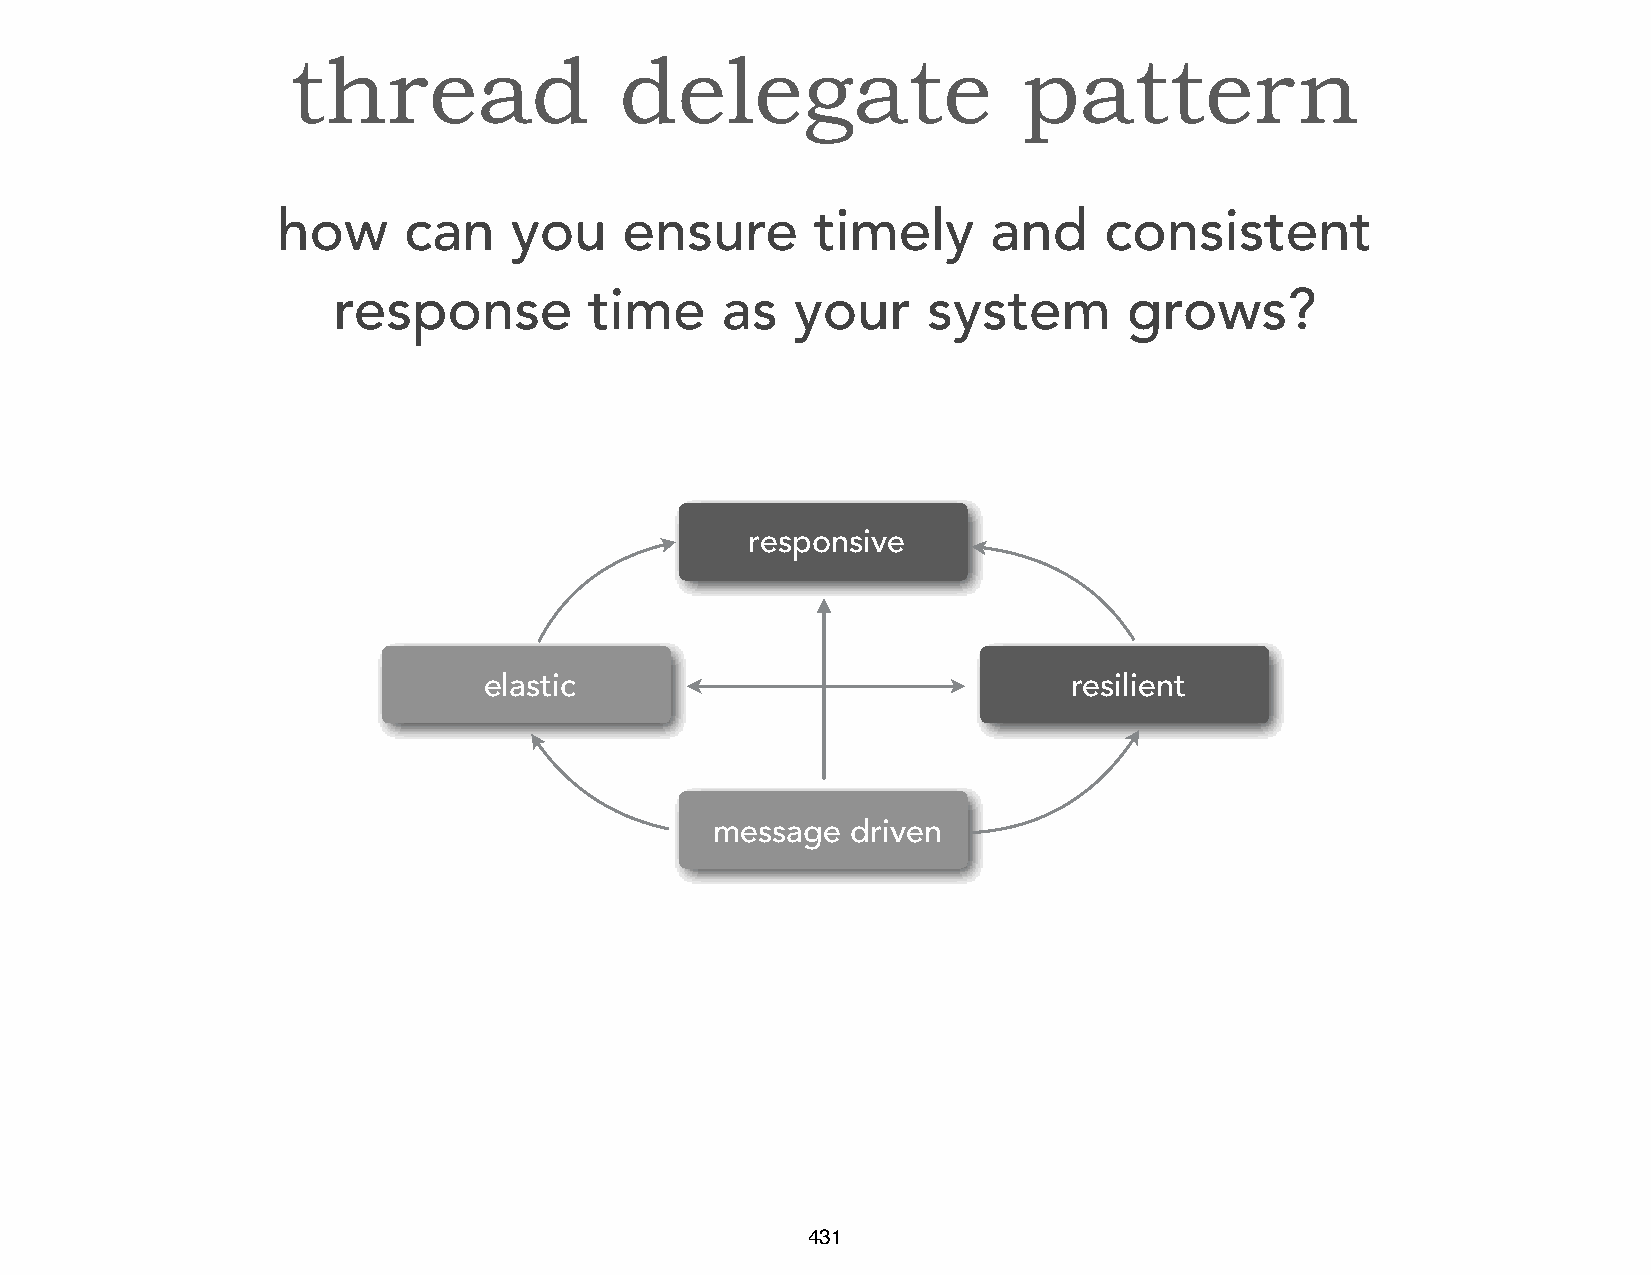
thread                delegate                   pattern
 how      can    you    ensure       timely      and    consistent
 response         time     as   your    system        grows?
 responsive
 elastic                                resilient
 message  driven
 431